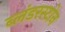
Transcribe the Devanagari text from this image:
ब्लंडरस्टोन